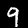
Label: 9